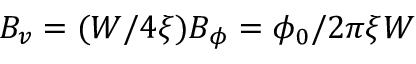
B _ { v } = ( W / 4 \xi ) B _ { \phi } = \phi _ { 0 } / 2 \pi \xi W